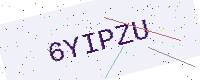
Text: 6YIPZU